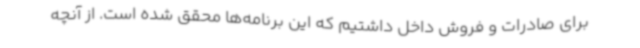
برای صادرات و فروش داخل داشتیم که این برنامه‌ها محقق شده است. از آنچه